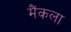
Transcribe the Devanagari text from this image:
मैंकला